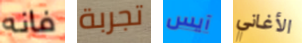
فانه تجربة آيس الأغاني